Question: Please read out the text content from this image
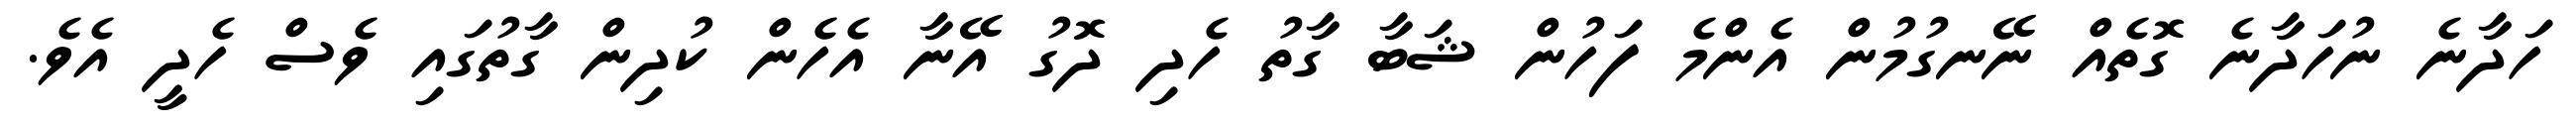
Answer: ހަދާނެ ނުހަދާނެ ގޮތެއް ނޭނގުމުން އެންމެ ފަހުން ޝަބާ ގާތު ހެދި ދޮގު އޭނާ އެހެން ކުދިން ގާތުގައި ވެސް ހެދީ އެވެ.